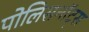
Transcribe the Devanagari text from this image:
पोलिसनॉट्स